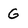
Character: G